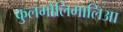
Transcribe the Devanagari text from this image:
कुलमोलिमालिआ